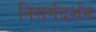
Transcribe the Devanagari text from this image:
निसर्गदर्शन